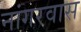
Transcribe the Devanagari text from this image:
नांगरवास